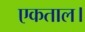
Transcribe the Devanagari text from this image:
एकताल।